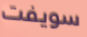
سويفت